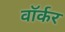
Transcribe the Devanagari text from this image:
वाॅर्कर